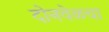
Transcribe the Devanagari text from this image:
दोनवेळचा